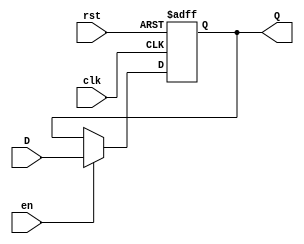
module InputRegister #(
    parameter WIDTH = 8  // Parameter for bit width of the register
)(
    input wire clk,       // Clock signal
    input wire rst,       // Reset signal (active high)
    input wire en,        // Enable signal (active high)
    input wire [WIDTH-1:0] D,  // Input data lines
    output reg [WIDTH-1:0] Q   // Output data lines
);

// Synchronous process for capturing data
always @(posedge clk or posedge rst) begin
    if (rst) begin
        Q <= {WIDTH{1'b0}};  // Reset the register to zero
    end else if (en) begin
        Q <= D;              // Capture input data
    end
    // If enable is low, retain the previous value of Q
end

endmodule